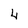
Character: 4